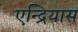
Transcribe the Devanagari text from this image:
एन्द्रियास